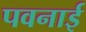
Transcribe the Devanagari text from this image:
पवनाई